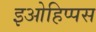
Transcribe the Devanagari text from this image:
इओहिप्पस